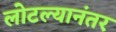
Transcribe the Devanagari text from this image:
लोटल्‍यानंतर